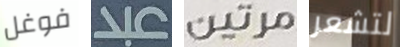
فوغل عبد مرتين لتشعر